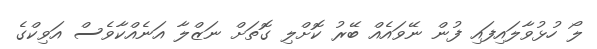
ލޯ ހުޅުވާލައިފައި ފުން ނޭވައެއް ބޭރު ކޮށްލި ގޮތަށް ނަޒްލާ އަނެއްކާވެސް އަވިކްގެ